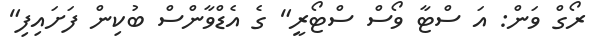
ރޯގް ވަން: އަ ސްޓާ ވޯސް ސްޓޯރީ" ގެ އެޑްވާންސް ބުކިން ފަށައިފި"